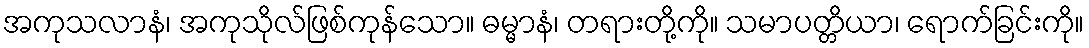
အကုသလာနံ၊ အကုသိုလ်ဖြစ်ကုန်သော။ ဓမ္မာနံ၊ တရားတို့ကို။ သမာပတ္တိယာ၊ ရောက်ခြင်းကို။